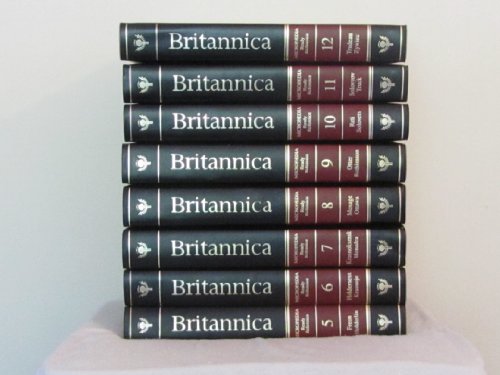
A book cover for The New Encyclopaedia Britannica, 15th Edition (32 Volume Set); Chairman, Board of Directors, Peter B. Norton, President Robert P. Gwinn; Reference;